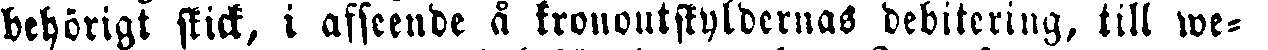
behörigt skick, i afseende å kornoutskyldednas debitering, till we-